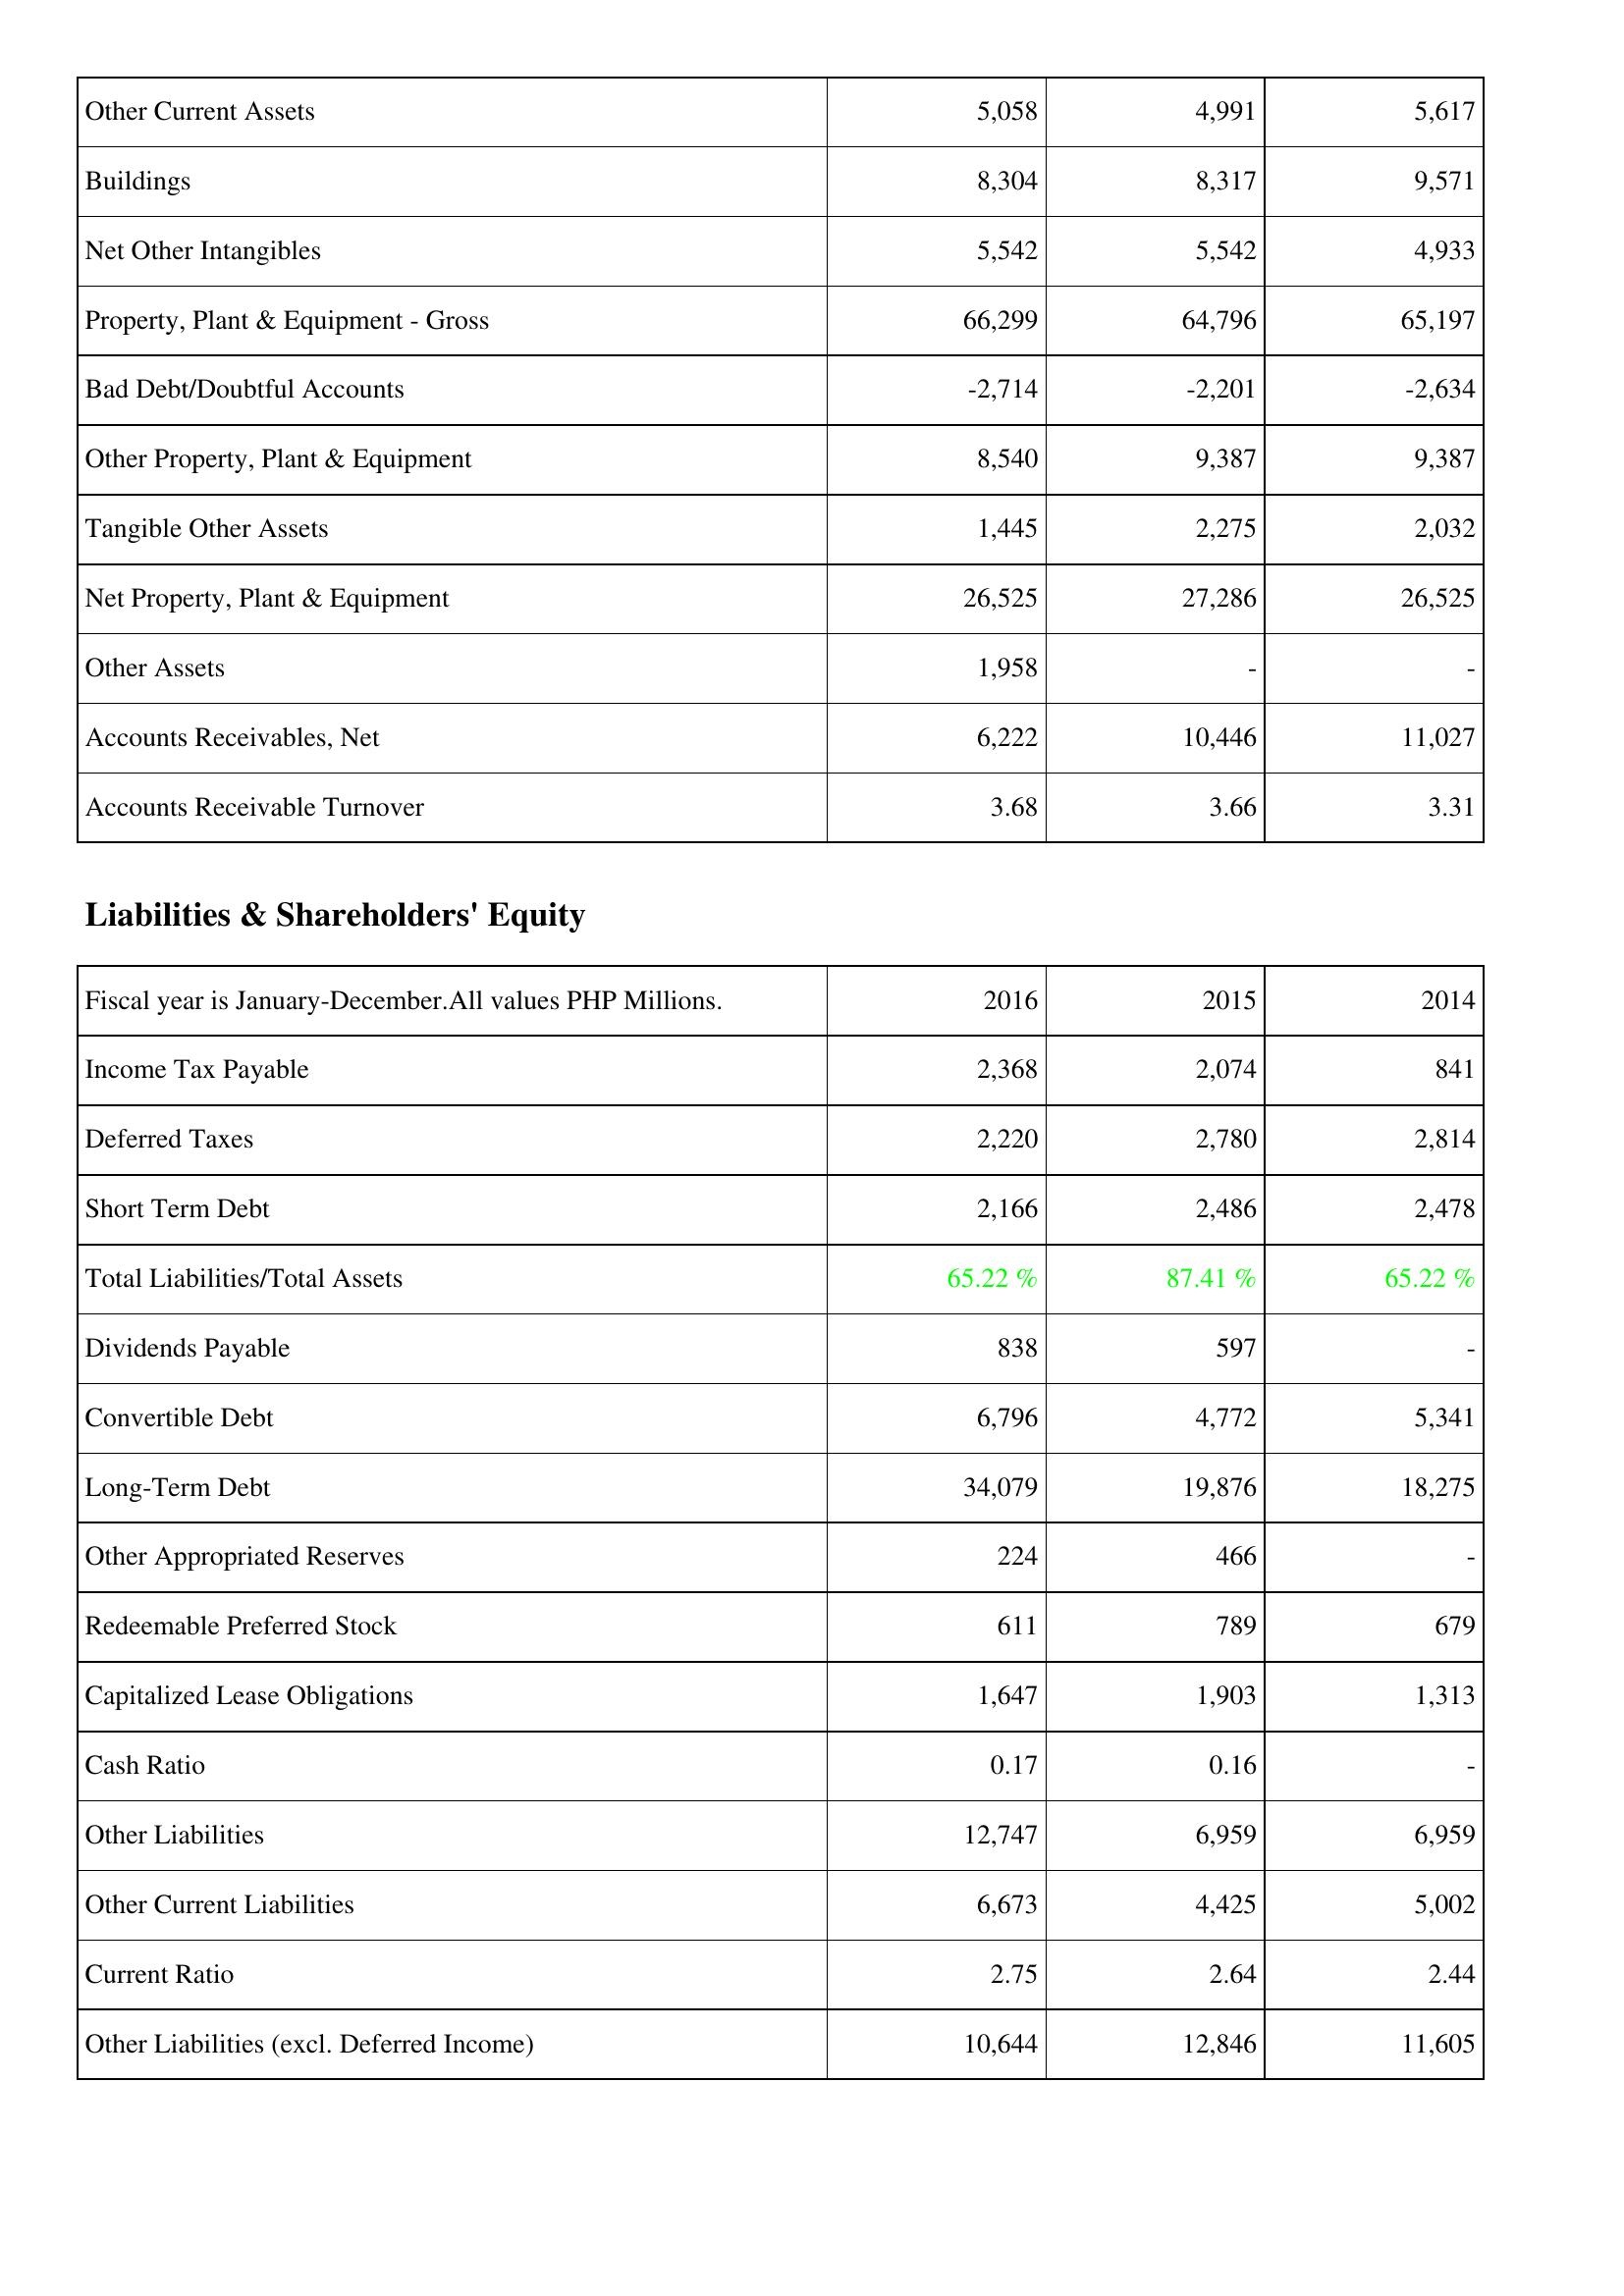
2016: Assets: Other Current Assets: 5,058
Buildings: 8,304
Net Other Intangibles: 5,542
Property, Plant & Equipment - Gross: 66,299
Bad Debt/Doubtful Accounts: -2,714
Other Property, Plant & Equipment: 8,540
Tangible Other Assets: 1,445
Net Property, Plant & Equipment: 26,525
Other Assets: 1,958
Accounts Receivables, Net: 6,222
Accounts Receivable Turnover: 3.68
Liabilities & Shareholders' Equity: Income Tax Payable: 2,368
Deferred Taxes: 2,220
Short Term Debt: 2,166
Total Liabilities/Total Assets: 65.22 %
Dividends Payable: 838
Convertible Debt: 6,796
Long-Term Debt: 34,079
Other Appropriated Reserves: 224
Redeemable Preferred Stock: 611
Capitalized Lease Obligations: 1,647
Cash Ratio: 0.17
Other Liabilities: 12,747
Other Current Liabilities: 6,673
Current Ratio: 2.75
Other Liabilities (excl. Deferred Income): 10,644
2015: Assets: Other Current Assets: 4,991
Buildings: 8,317
Net Other Intangibles: 5,542
Property, Plant & Equipment - Gross: 64,796
Bad Debt/Doubtful Accounts: -2,201
Other Property, Plant & Equipment: 9,387
Tangible Other Assets: 2,275
Net Property, Plant & Equipment: 27,286
Other Assets: -
Accounts Receivables, Net: 10,446
Accounts Receivable Turnover: 3.66
Liabilities & Shareholders' Equity: Income Tax Payable: 2,074
Deferred Taxes: 2,780
Short Term Debt: 2,486
Total Liabilities/Total Assets: 87.41 %
Dividends Payable: 597
Convertible Debt: 4,772
Long-Term Debt: 19,876
Other Appropriated Reserves: 466
Redeemable Preferred Stock: 789
Capitalized Lease Obligations: 1,903
Cash Ratio: 0.16
Other Liabilities: 6,959
Other Current Liabilities: 4,425
Current Ratio: 2.64
Other Liabilities (excl. Deferred Income): 12,846
2014: Assets: Other Current Assets: 5,617
Buildings: 9,571
Net Other Intangibles: 4,933
Property, Plant & Equipment - Gross: 65,197
Bad Debt/Doubtful Accounts: -2,634
Other Property, Plant & Equipment: 9,387
Tangible Other Assets: 2,032
Net Property, Plant & Equipment: 26,525
Other Assets: -
Accounts Receivables, Net: 11,027
Accounts Receivable Turnover: 3.31
Liabilities & Shareholders' Equity: Income Tax Payable: 841
Deferred Taxes: 2,814
Short Term Debt: 2,478
Total Liabilities/Total Assets: 65.22 %
Dividends Payable: -
Convertible Debt: 5,341
Long-Term Debt: 18,275
Other Appropriated Reserves: -
Redeemable Preferred Stock: 679
Capitalized Lease Obligations: 1,313
Cash Ratio: -
Other Liabilities: 6,959
Other Current Liabilities: 5,002
Current Ratio: 2.44
Other Liabilities (excl. Deferred Income): 11,605